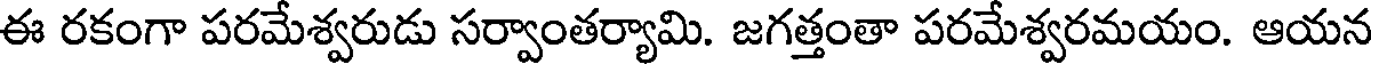
ఈ రకంగా పరమేశ్వరుడు సర్వాంతర్యామి. జగత్తంతా పరమేశ్వరమయం. ఆయన